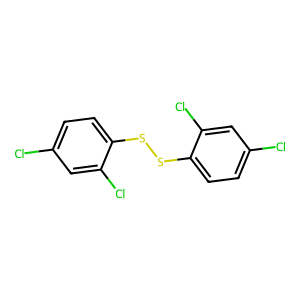
SMILES: Clc1ccc(SSc2ccc(Cl)cc2Cl)c(Cl)c1
Inhibits HIV replication: No